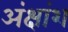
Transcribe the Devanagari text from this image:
अंक्षांश